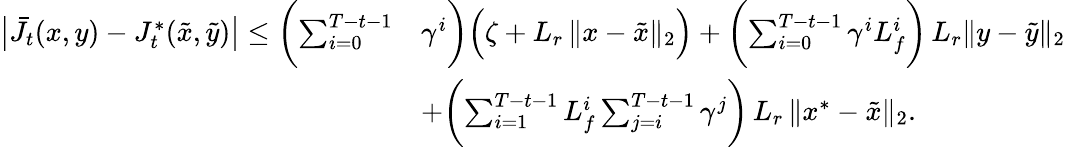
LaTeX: \begin{array}{rl}{\bigl|\bar{J}_{t}(x,y)-J_{t}^{*}(\tilde{x},\tilde{y})\bigr|\leq\biggl(\sum_{i=0}^{T-t-1}}&{\gamma^{i}\biggr)\Bigl(\zeta+L_{r}\, \| x-\tilde{x}\| _{2}\Bigr)+\biggl(\sum_{i=0}^{T-t-1}\gamma^{i}L_{f}^{i}\biggr)\, L_{r}\| y-\tilde{y}\| _{2}}\\ &{+\biggl(\sum_{i=1}^{T-t-1}L_{f}^{i}\sum_{j=i}^{T-t-1}\gamma^{j}\biggr)\, L_{r}\, \| x^{*}-\tilde{x}\| _{2}.}\end{array}